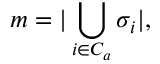
m = | \bigcup _ { i \in C _ { a } } \sigma _ { i } | ,